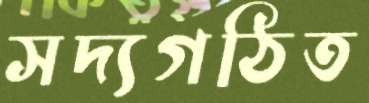
সদ্যগঠিত